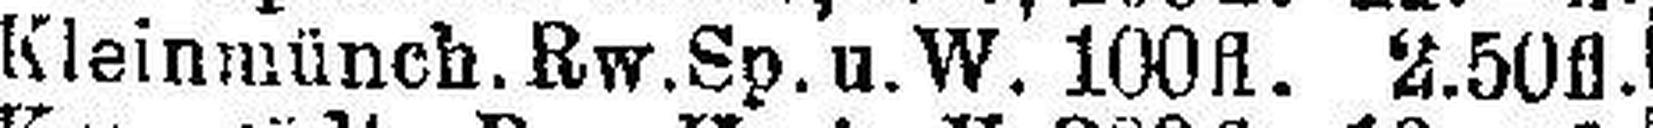
Kleinmünch.Rw.Sp.u.W. 100fl. 2.50fl.